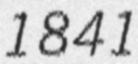
1841